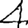
Digit: 4